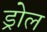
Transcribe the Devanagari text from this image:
ड्रोल